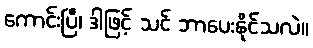
ကောင်းပြီ၊ ဒါဖြင့် သင် ဘာပေးနိုင်သလဲ။